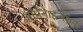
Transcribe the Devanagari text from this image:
आॅर्गनाइजेशन